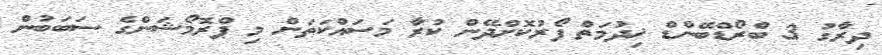
ދިރާގު 3 ބްރޯޑްބޭންޑް ޚިދުމަތް ފޯރުކޮށްދޭން ކުރާ މަސައްކަތަށް މި ޕްރޮމޯޝަންގެ ސަބަބުން